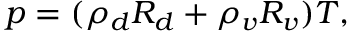
p = ( \rho _ { d } R _ { d } + \rho _ { v } R _ { v } ) T ,